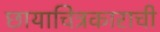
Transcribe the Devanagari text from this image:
छायाचित्रकाराची